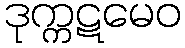
ဒုက္ကဋမေဝ